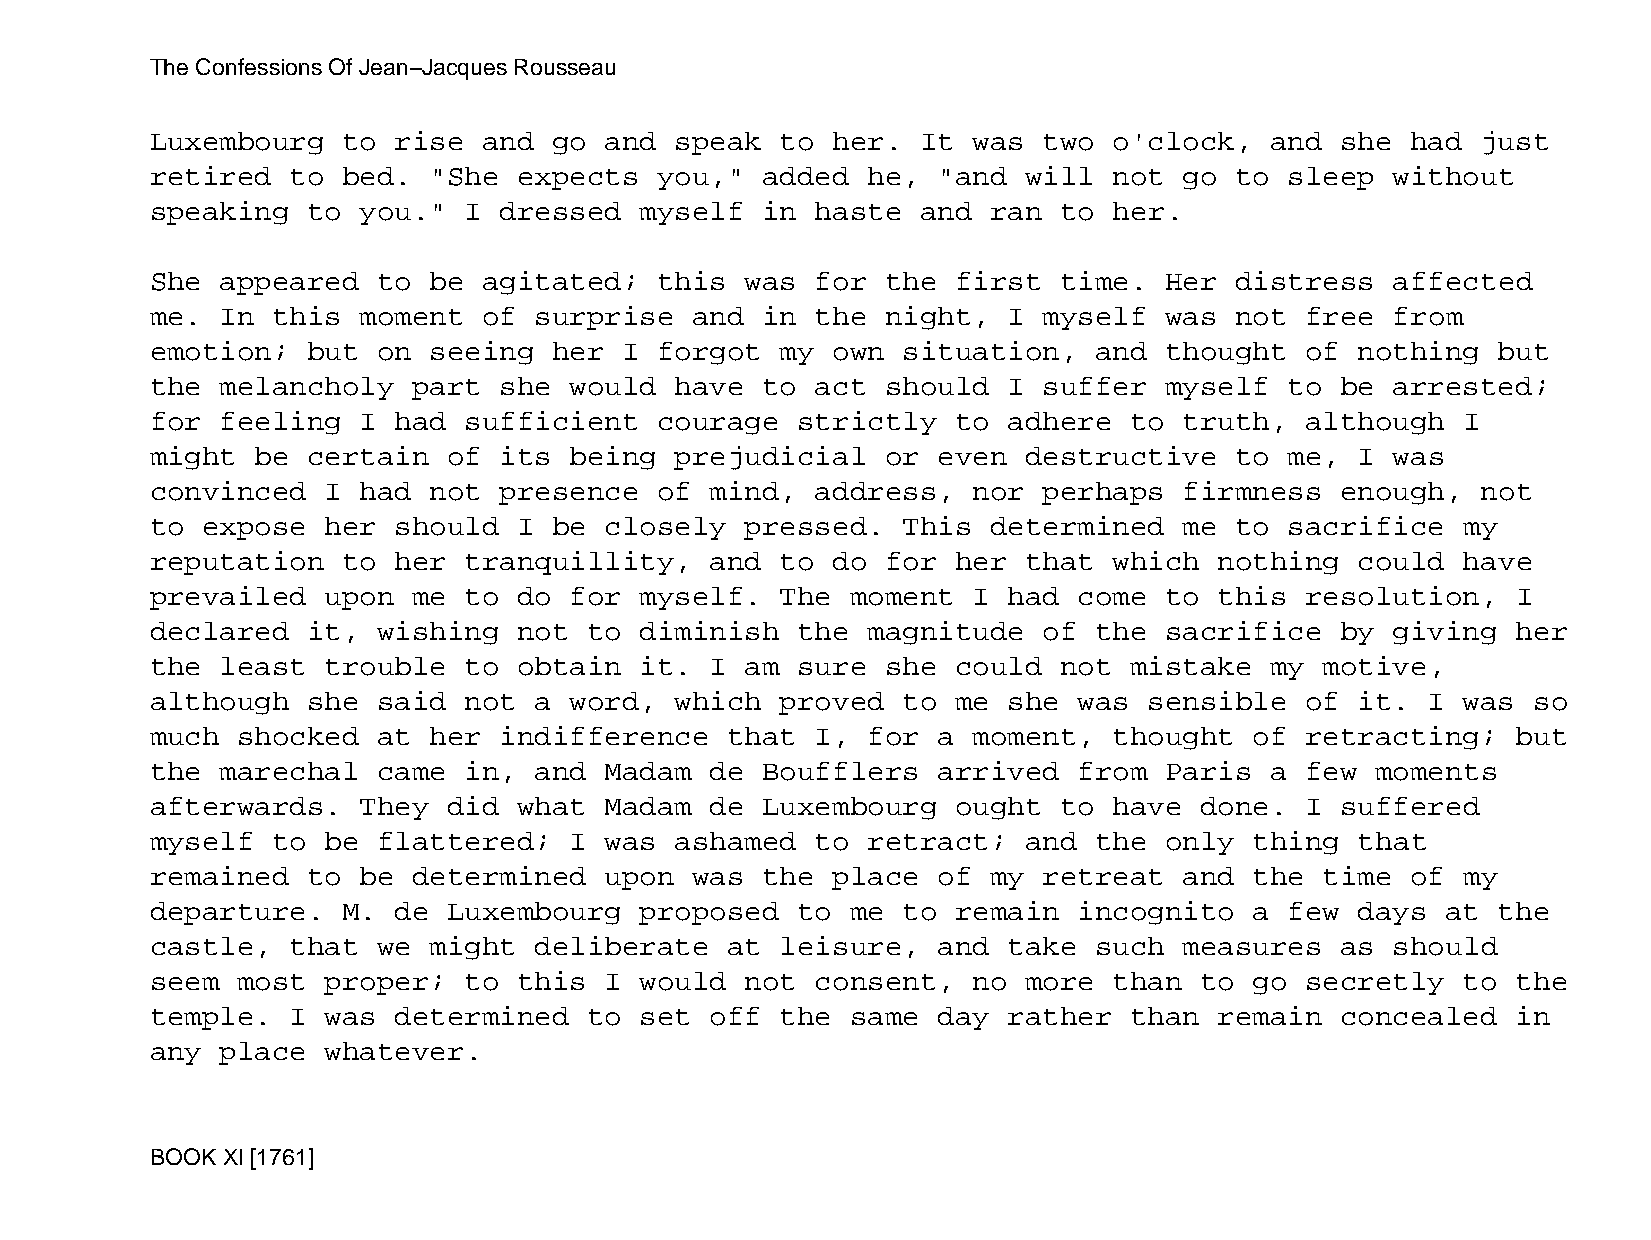
The Confessions Of Jean−Jacques Rousseau
 Luxembourg   to rise  and  go and  speak  to her.  It was  two  o'clock,  and  she had  just
 retired  to  bed. "She  expects   you," added  he,  "and  will  not go  to sleep  without
 speaking  to  you."  I dressed  myself  in  haste  and  ran to  her.
 She  appeared  to be  agitated;   this was  for  the first  time.  Her  distress  affected
 me.  In this  moment  of surprise   and in  the  night,  I myself  was  not free  from
 emotion;  but  on seeing   her I  forgot  my own  situation,  and  thought  of  nothing  but
 the  melancholy  part  she  would  have to  act  should  I suffer  myself  to  be arrested;
 for  feeling  I had  sufficient   courage  strictly  to  adhere  to truth,  although   I
 might  be certain   of its  being  prejudicial   or even  destructive   to me,  I was
 convinced   I had not  presence   of mind,  address,  nor  perhaps  firmness   enough,  not
 to expose   her should  I  be closely  pressed.   This  determined  me  to sacrifice   my
 reputation   to her  tranquillity,   and  to do  for her  that  which  nothing  could  have
 prevailed   upon me  to do  for myself.   The moment  I  had come  to  this resolution,   I
 declared  it,  wishing  not  to diminish   the magnitude   of the  sacrifice   by giving  her
 the  least  trouble  to obtain  it.  I am  sure  she could  not  mistake  my  motive,
 although  she  said  not a  word,  which  proved  to me  she was  sensible  of  it.  I was so
 much  shocked  at her  indifference   that  I, for  a moment,   thought  of retracting;   but
 the  marechal  came  in, and  Madam  de Boufflers   arrived  from  Paris  a few  moments
 afterwards.   They  did what  Madam  de Luxembourg   ought  to  have done.  I  suffered
 myself  to  be flattered;   I was  ashamed  to retract;   and the  only  thing  that
 remained  to  be determined   upon  was the  place  of  my retreat  and  the  time of  my
 departure.   M. de  Luxembourg  proposed   to me  to remain  incognito   a few  days  at the
 castle,  that  we might  deliberate   at  leisure,  and  take such  measures   as should
 seem  most  proper;  to this  I would  not  consent,  no  more  than to  go secretly   to the
 temple.  I  was determined   to set  off  the same  day  rather  than  remain  concealed  in
 any  place  whatever.
 BOOK XI [1761]